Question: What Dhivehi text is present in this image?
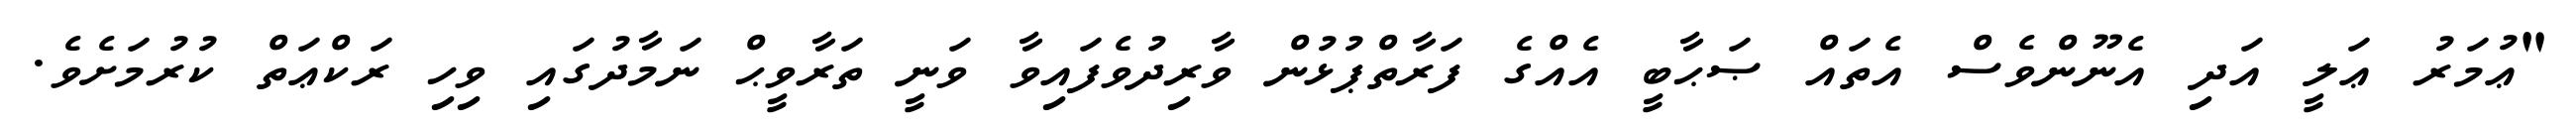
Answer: "ޢުމަރު ޢަލީ އަދި އެނޫންވެސް އެތައް ޞަޙާބީ އެއްގެ ފަރާތްޕުޅުން ވާރިދުވެފައިވާ ވަނީ ތަރާވީޙް ނަމާދުގައި ވިހި ރަކްޢަތް ކުރުމަށެވެ.